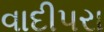
વાદીપરા